Calcutta medical institutions reports 1892-1900
Year: 1892
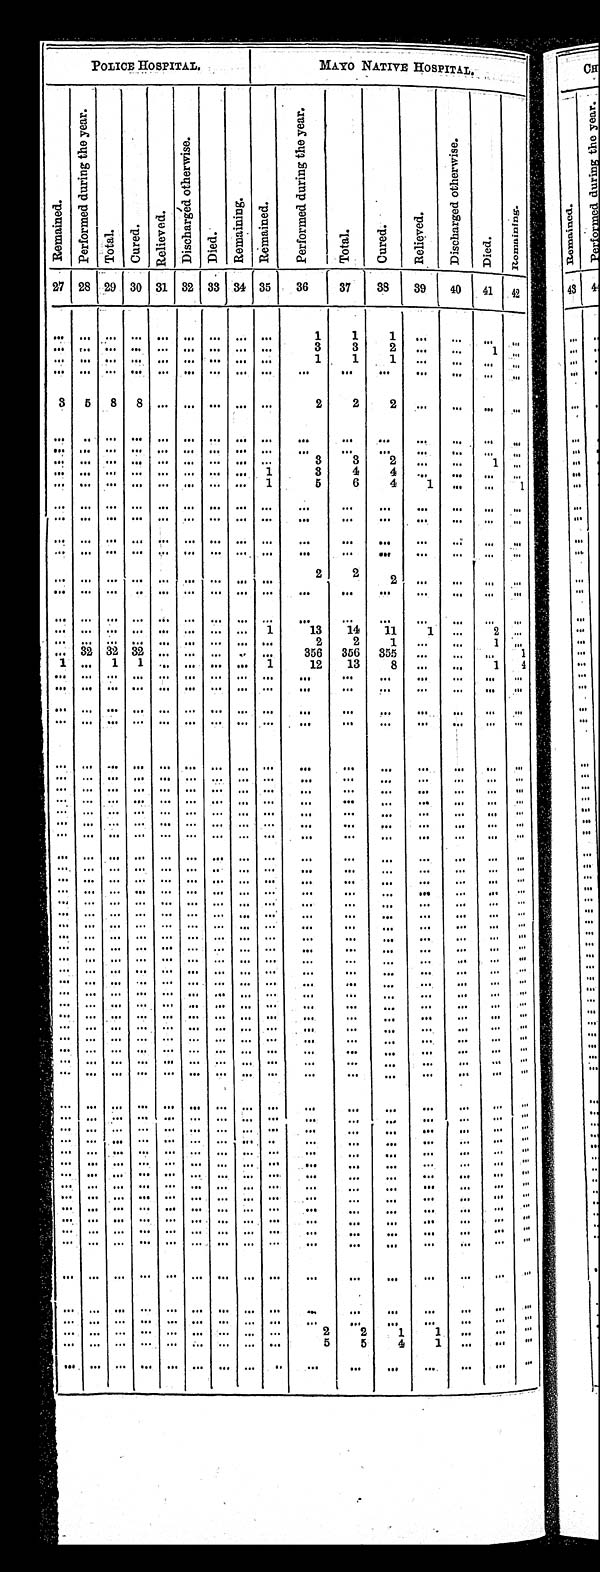
POLICE HOSPITAL.
MAYO NATIVE HOSPIT
AL.
Remai ned.
P e r f o r m e d d u r i n g t h e y e a r .
Total.
Cured.
Relieved.
Di s c ha r ge d ot he r wi s e .
Died.
Remaining.
Remai ned.
P e r f o r m e d d u r i n g t h e y e a r .
Total.
C u r e d .
R e l i e v e d .
D i s c h a r g e d o t h e r w i s e .
Died.
R e ma i n i n g .
27
28 29
30
31
32
33
34
35
3 637
38 39
40
42
42
. . .
. . . . . .
. . .
. . .
. . .
. . .
. . .
. . .
1
1
1
. . .
. . .
. . .
. . .
. . .
. . . . . .
. . .
. . .
. . .
. . .
. . .
. . .
3
3
2
. . . . . .
1 . . .
. . .
. . . . . .
. . .
. . .
. . .
. . .
. . .
. . .
1
1
1 . . .
. . .
. . .
. . .
. . .
. . . . . .
. . .
. . .
. . .
. . .
. . .
. . .
. . .
. . .
. . .. . .
. . .
. . .
. . .
3
5
8
8
. . .
. . .
. . .
. . .
. . .
2
2
2
. . .
. . .
. . .
. . .
. . .
. . . . . .
. . .
. . .
. . .
. . .
. . .
. . .
. . .
. . .
. . .. . .
. . .
. . .
. . .
. . .
. . . . . .
. . .
. . .
. . .
. . .
. . .
. . .
. . .
. . .
. . .. . .
. . .
. . .
. . .
. . .
. . . . . .
. . .
. . .
. . .
. . .
. . .
. . .
3
3
2
. . . . . .
1
. . .
. . .
. . . . . .
. . .
. . .
. . .
. . .
. . .
1
3
4
4
. . .
. . .
. . .
. . .
. . .
. . . . . .
. . .
. . .
. . .
. . .
. . .
1
5
6
4
1
. . .
. . .
1
. . .
. . . . . .
. . .
. . .
. . .
. . .
. . .
. . .
. . .
. . .
. . .. . .
. . .
. . .
. . .
. . .
. . . . . .
. . .
. . .
. . .
. . .
. . .
. . .
. . .
. . .
. . .. . .
. . .
. . .
. . .
. . .
. . . . . .
. . .
. . .
. . .
. . .
. . .
. . .
. . .
. . .
. . .. . .
. . .
. . .
. . .
. . .
. . . . . .
. . .
. . .
. . .
. . .
. . .
. . .
. . .
. . .
. . .. . .
. . .
. . .
. . .
. . .
. . .
. . .
. . .
. . .
. . .
. . .
. . .
. . .
2
2
2 . . .
. . .
. . .
. . .
. . .
. . . . . .
. . .
. . .
. . .
. . .
. . .
. . .
. . .
. . .
. . .. . .
. . .
. . .
. . .
. . . . . .
. . .
. . .. . .
. . .
. . .
. . .
. . .. . .
. . .
. . .. . .
. . .
. . .
. . .
. . .
. . . . . .
. . .
. . .
. . .
. . .
. . .
1
13
14
11
1
. . .
2
. . .
. . .
. . . . . .
. . .
. . .
. . .
. . .
. . .
. . .
2
2
1
. . .
. . .
1
. . .
. . . 32
32
32
. . .
. . .
. . .
. . .
. . .
356
356
3 5 5
. . .
. . .
. . .
1
1
. . .
1
1
. . .
. . .
. . .
. . .
1
12
13
8 . . .
. . .
1
4
. . .
. . . . . .
. . .
. . .
. . .
. . .
. . .
. . .
. . .
. . .
. . .. . .
. . .
. . .
. . .
. . .
. . . . . .
. . .
. . .
. . .
. . .
. . .
. . .
. . .
. . .
. . .. . .
. . .
. . .
. . .
. . .
. . . . . .
. . .
. . .
. . .
. . .
. . .
. . .
. . .
. . .
. . .. . .
. . .
. . .
. . .
. . .
. . . . . .
. . .
. . .
. . .
. . .
. . .
. . .
. . .
. . .
. . .. . .
. . .
. . .
. . .
. . .
. . . . . .
. . .
. . .
. . .
. . .
. . .
. . .
. . .
. . .
. . .. . .
. . .
. . .
. . .
. . .
. . . . . .
. . .
. . .
. . .
. . .
. . .
. . .
. . .
. . .
. . .
. . .
. . .
. . .
. . .
. . .
. . . . . .
. . .
. . .
. . .
. . .
. . .
. . .
. . . . . .
. . .
. . .
. . .
. . .
. . .
. . .
. . . . . .
. . .
. . .
. . .
. . .
. . .
. . .
. . .
. . .
. . .
. . .
. . .
. . .
. . .
. . .
. . . . . .
. . .
. . .
. . .
. . .
. . .
. . .
. . .
. . .
. . .
. . .
. . .
. . .
. . .
. . .
. . .
. . .
. . .
. . .
. . .
. . .
. . .
. . .
. . .
. . .
. . .
. . .
. . .
. . .
. . .
. . .
. . . . . .
. . .
. . .
. . .
. . .
. . .
. . .
. . .
. . .
. . .
. . .
. . .
. . .
. . .
. . .
. . . . . .
. . .
. . .
. . .
. . .
. . .
. . .
. . .
. . .
. . .
. . .
. . . . . .
. . .
. . .
. . . . . .
. . .
. . .
. . .
. . .
. . .
. . .
. . .
. . .
. . .
. . .
. . .
. . .
. . .
. . .
. . . . . .
. . .
. . .
. . .
. . .
. . .
. . .
. . . . . .
. . .
. . .
. . .
. . .
. . .
. . .
. . . . . .
. . .
. . .
. . .
. . .
. . .
. . .
. . .
. . .
. . .
. . .
. . .
. . .
. . .
. . .
. . . . . .
. . .
. . .
. . .
. . .
. . .
. . .
. . .
. . .
. . .
. . .
. . .
. . .
. . .
. . .
. . . . . .
. . .
. . .
. . .
. . .
. . .
. . .
. . .
. . .
. . .
. . .
. . .
. . .
. . .
. . .
. . .
. . .
. . .
. . .
. . .
. . .
. . .
. . .
. . .
. . .
. . .
. . .
. . .
. . .
. . .
. . .
. . .
. . .
. . .
. . .
. . .
. . .
. . .
. . .
. . .. . .
. . .
. . .
. . .
. . .
. . .
. . .
. . . . . .
. . .
. . .
. . .
. . .
. . .
. . .
. . .
. . .
. . .
. . .
. . .
. . .
. . .
. . .
. . .
. . .
. . .
. . .
. . .
. . .
. . .
. . .
. . .. . .
. . .
. . .
. . .
. . .
. . .
. . .
. . . . . .
. . .
. . .
. . .
. . .
. . .
. . .
. . .
. . .
. . .
. . .
. . .
. . .
. . .
. . .
. . . . . .
. . .
. . .
. . .
. . .
. . .
. . .
. . .
. . .
. . .
. . .
. . .
. . .
. . .
. . .
. . . . . .
. . .
. . .
. . .
. . .
. . .
. . .
. . .
. . .
. . .
. . .
. . .
. . .
. . .
. . .
. . . . . .
. . .
. . .
. . .
. . .
. . .
. . .
. . .
. . .
. . .
. . .
. . .
. . .
. . .
. . .
. . . . . .
. . .
. . .
. . .
. . .
. . .
. . .
. . .
. . .
. . .
. . .
. . .
. . .
. . .
. . .
. . . . . .
. . .
. . .
. . .
. . .
. . .
. . .
. . .
. . .
. . .
. . .
. . .
. . .
. . .
. . .
. . . . . .
. . .
. . .
. . .
. . .
. . .
. . .
. . .
. . .
. . .
. . .
. . .
. . .
. . .
. . .
. . .
. . .
. . .
. . .
. . .
. . .
. . .
. . .
. . .. . .
. . .
. . .
. . .
. . .
. . .
. . .
. . . . . .
. . .
. . .
. . .
. . .
. . .
. . . . . .
. . .
. . .
. . .
. . .
. . .
. . .
. . .
. . .
. . .
. . .
. . .
. . .
. . .
. . .
. . .
. . .
. . .
. . .
. . .
. . .
. . .
. . .
. . . . . .
. . .
. . .
. . .
. . .
. . .
. . .
. . .
. . .
. . .
. . .
. . .
. . .
. . .
. . .
. . . . . .
. . .
. . .
. . .
. . .
. . .
. . .
. . .
. . .
. . .
. . .
. . .
. . .
. . .
. . .
. . . . . .
. . .
. . .
. . .
. . .
. . .
. . .
. . .
. . .
. . .
. . .
. . .
. . .
. . .
. . .
. . . . . .
. . .
. . .
. . .
. . .
. . .
. . .
. . .
. . .
. . . . . .
. . .
. . .
. . .
. . .
. . . . . .
. . .
. . .
. . .
. . .
. . .
. . .
. . .
. . .
. . .
. . .
. . .
. . .
. . .
. . .
. . . . . .
. . .
. . .
. . .
. . .
. . .
. . .
. . .
. . .
. . .
. . .
. . .
. . .
. . .
. . .
. . . . . .
. . .
. . .
. . .
. . .
. . .
. . .
. . .
. . .
. . .
. . .
. . .
. . .
. . .
. . .
. . .
. . .
. . .
. . .
. . .
. . .
. . .
. . .
. . .
. . .
. . .
. . .
. . .
. . .
. . .
. . .
. . . . . .
. . .
. . .
. . .
. . .
. . .
. . .
. . .
. . .
. . . . . .
. . .
. . .
. . .
. . .
. . . . . .
. . .
. . .
. . .
. . .
. . .
. . .
. . .
. . .
. . .
. . .
. . .
. . .
. . .
. . .
. . . . . .
. . .
. . .
. . .
. . .
. . .
. . .
. . .
. . .
. . .
. . .
. . .
. . .
. . .
. . .
. . . . . .
. . .
. . .
. . .
. . .
. . .
. . .
. . .
. . .
. . .
. . .
. . .
. . .
. . .
. . .
. . . . . .
. . .
. . .
. . .
. . .
. . .
. . .
. . .
. . .
. . .
. . .
. . .
. . .
. . .
. . .
. . . . . .
. . .
. . .
. . .
. . .
. . .
. . .
. . .
. . .
. . .
. . .
. . .
. . .
. . .
. . .
. . . . . .
. . .
. . .
. . .
. . .
. . .
. . .
. . .
. . .
. . .
. . .
. . .
. . .
. . .
. . .
. . . . . .
. . .
. . .
. . .
. . .
. . .
. . .
. . .
. . .
. . .
. . .
. . .
. . .
. . .
. . .
. . . . . .
. . .
. . .
. . .
. . .
. . .
. . .
2
2
1
1
. . .
. . . . . .
. . .
. . .
. . .
. . .
. . .
. . .
. . .
. . .
. . .
5
5
4
1 . . .
. . .
. . .
. . .
. . .
. . .
. . .
. . .
. . .
. . .
. . .
. . .
. . .
. . .
. . .
. . .
. . .
. . .
. . .